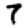
Digit: 7